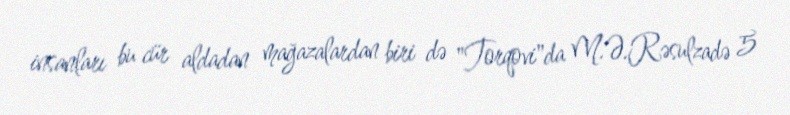
insanları bu cür aldadan mağazalardan biri də "Torqovi"da M.Ə.Rəsulzadə 5